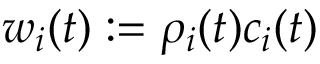
w _ { i } ( t ) : = \rho _ { i } ( t ) c _ { i } ( t )